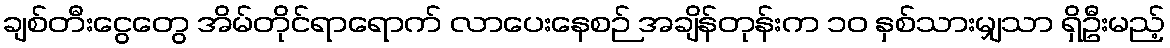
ချစ်တီးငွေတွေ အိမ်တိုင်ရာရောက် လာပေးနေစဉ် အချိန်တုန်းက ၁၀ နှစ်သားမျှသာ ရှိဦးမည့်